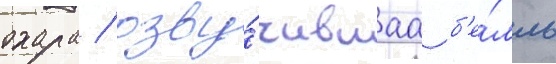
охара / озву́чившаа б'е́лль